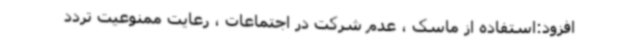
افزود:استفاده از ماسک ، عدم شرکت در اجتماعات ، رعایت ممنوعیت تردد